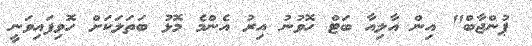
ޕުންޖާބް" އިން އާލިއާ ބަޓް ހޮވުނު އިރު އެންމެ މޮޅު ބަތަލަކަށް ހޮވިފައިވަނީ